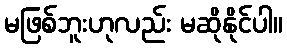
မဖြစ်ဘူးဟုလည်း မဆိုနိုင်ပါ။